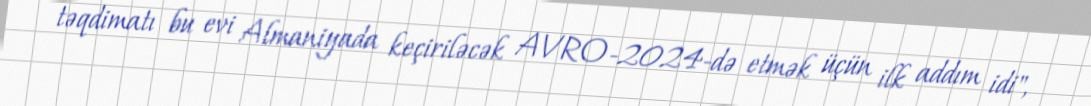
təqdimatı bu evi Almaniyada keçiriləcək AVRO-2024-də etmək üçün ilk addım idi",